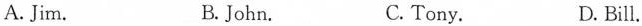
A. Jim. B. John. C. Tony. D. Bill.